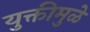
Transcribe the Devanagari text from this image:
युक्तीमुळे